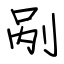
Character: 剐